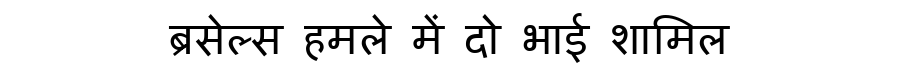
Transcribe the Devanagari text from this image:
ब्रसेल्स हमले में दो भाई शामिल